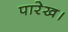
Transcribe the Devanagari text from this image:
पारेख।